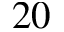
2 0